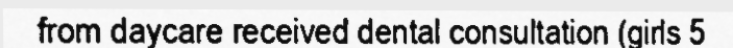
from daycare received dental consultation (girls 5